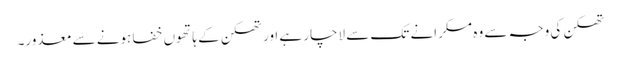
تھکن کی وجہ سے وہ مسکرانے تک سے لاچار ہے اور تھکن کے ہاتھوں خفا ہونے سے معذور۔